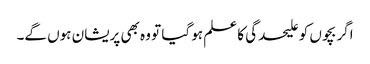
اگر بچوں کو علیحدگی کا علم ہو گیا تو وہ بھی پریشان ہوں گے۔